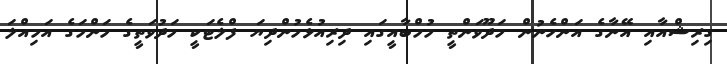
ގިރިޝްއާއި އޭނާގެ އަންހެނުން މަދޫވަންތީ މުމްބާއީގައި ދިރިއުޅެމުންދިޔަ ފްލެޓަކީ މަދުވަތީގެ މަންމަގެ އަމިއްލަ